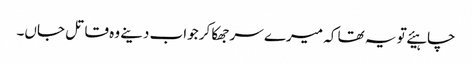
چاہیئے تو یہ تھا کہ میرے سر جھکا کر جواب دینے وہ قاتل جاں۔